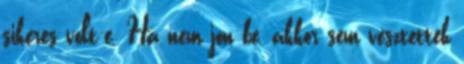
sikeres volt-e. Ha nem jön be, akkor sem vesztettek